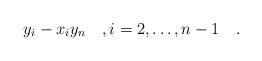
LaTeX: \begin{align*}y_i - x_i y_n\quad, i = 2, \dots, n-1\quad.\end{align*}